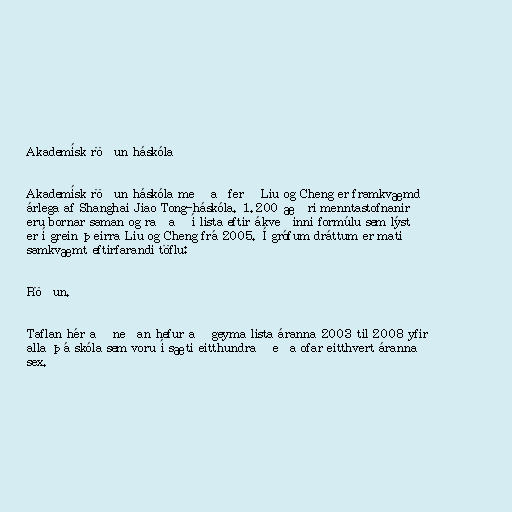
Akademísk röðun háskóla

Akademísk röðun háskóla með aðferð Liu og Cheng er framkvæmd
árlega af Shanghai Jiao Tong-háskóla. 1.200 æðri menntastofnanir
eru bornar saman og raðað í lista eftir ákveðinni formúlu sem lýst
er í grein þeirra Liu og Cheng frá 2005. Í grófum dráttum er matið
samkvæmt eftirfarandi töflu:

Röðun.

Taflan hér að neðan hefur að geyma lista áranna 2003 til 2008 yfir
alla þá skóla sem voru í sæti eitthundrað eða ofar eitthvert áranna
sex.